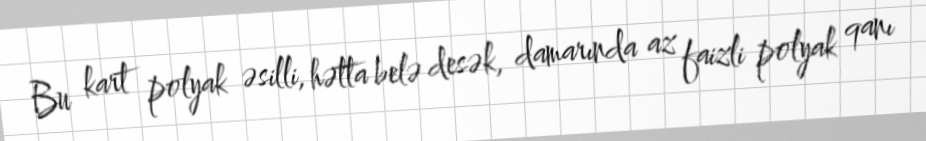
Bu kart polyak əsilli, hətta belə desək, damarında az faizli polyak qanı